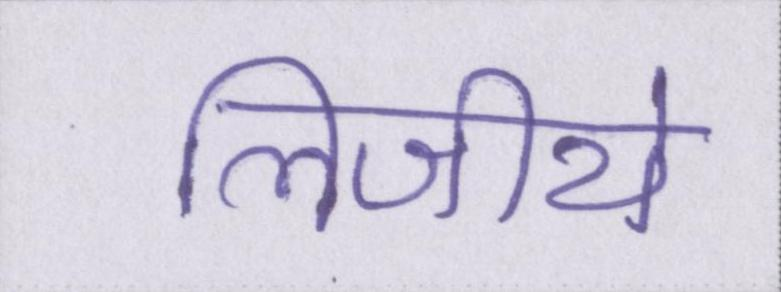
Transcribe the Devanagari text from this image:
लिजीये